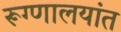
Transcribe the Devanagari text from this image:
रूग्णालयांत